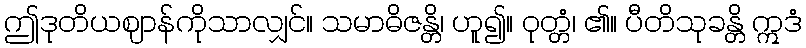
ဤဒုတိယဈာန်ကိုသာလျှင်။ သမာဓိဇန္တိ၊ ဟူ၍။ ဝုတ္တံ၊ ၏။ ပီတိသုခန္တိ ဣဒံ